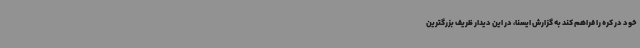
خود در کره را فراهم کند به گزارش ایسنا، در این دیدار ظریف بزرگترین